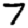
Digit: 7